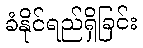
ခံနိုင်ရည်ရှိခြင်း